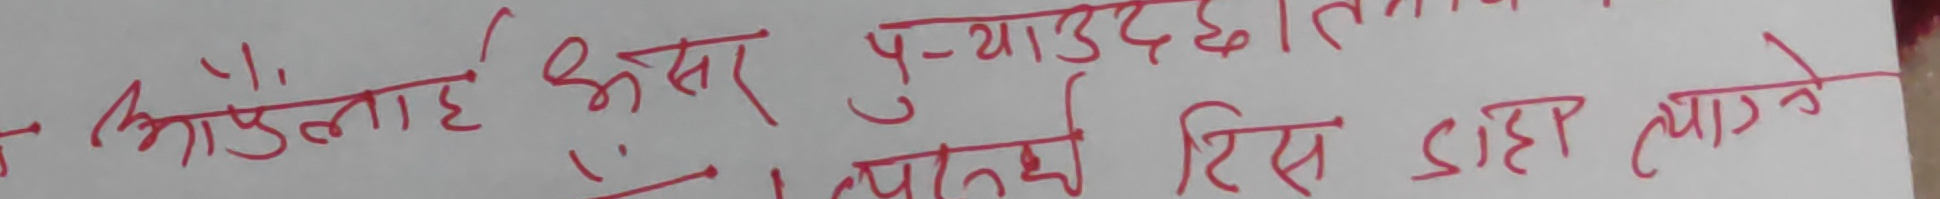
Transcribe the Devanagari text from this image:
आउंलालाई अभर पु-याउंछ। त्यसैले रिस डाह त्याग्ने